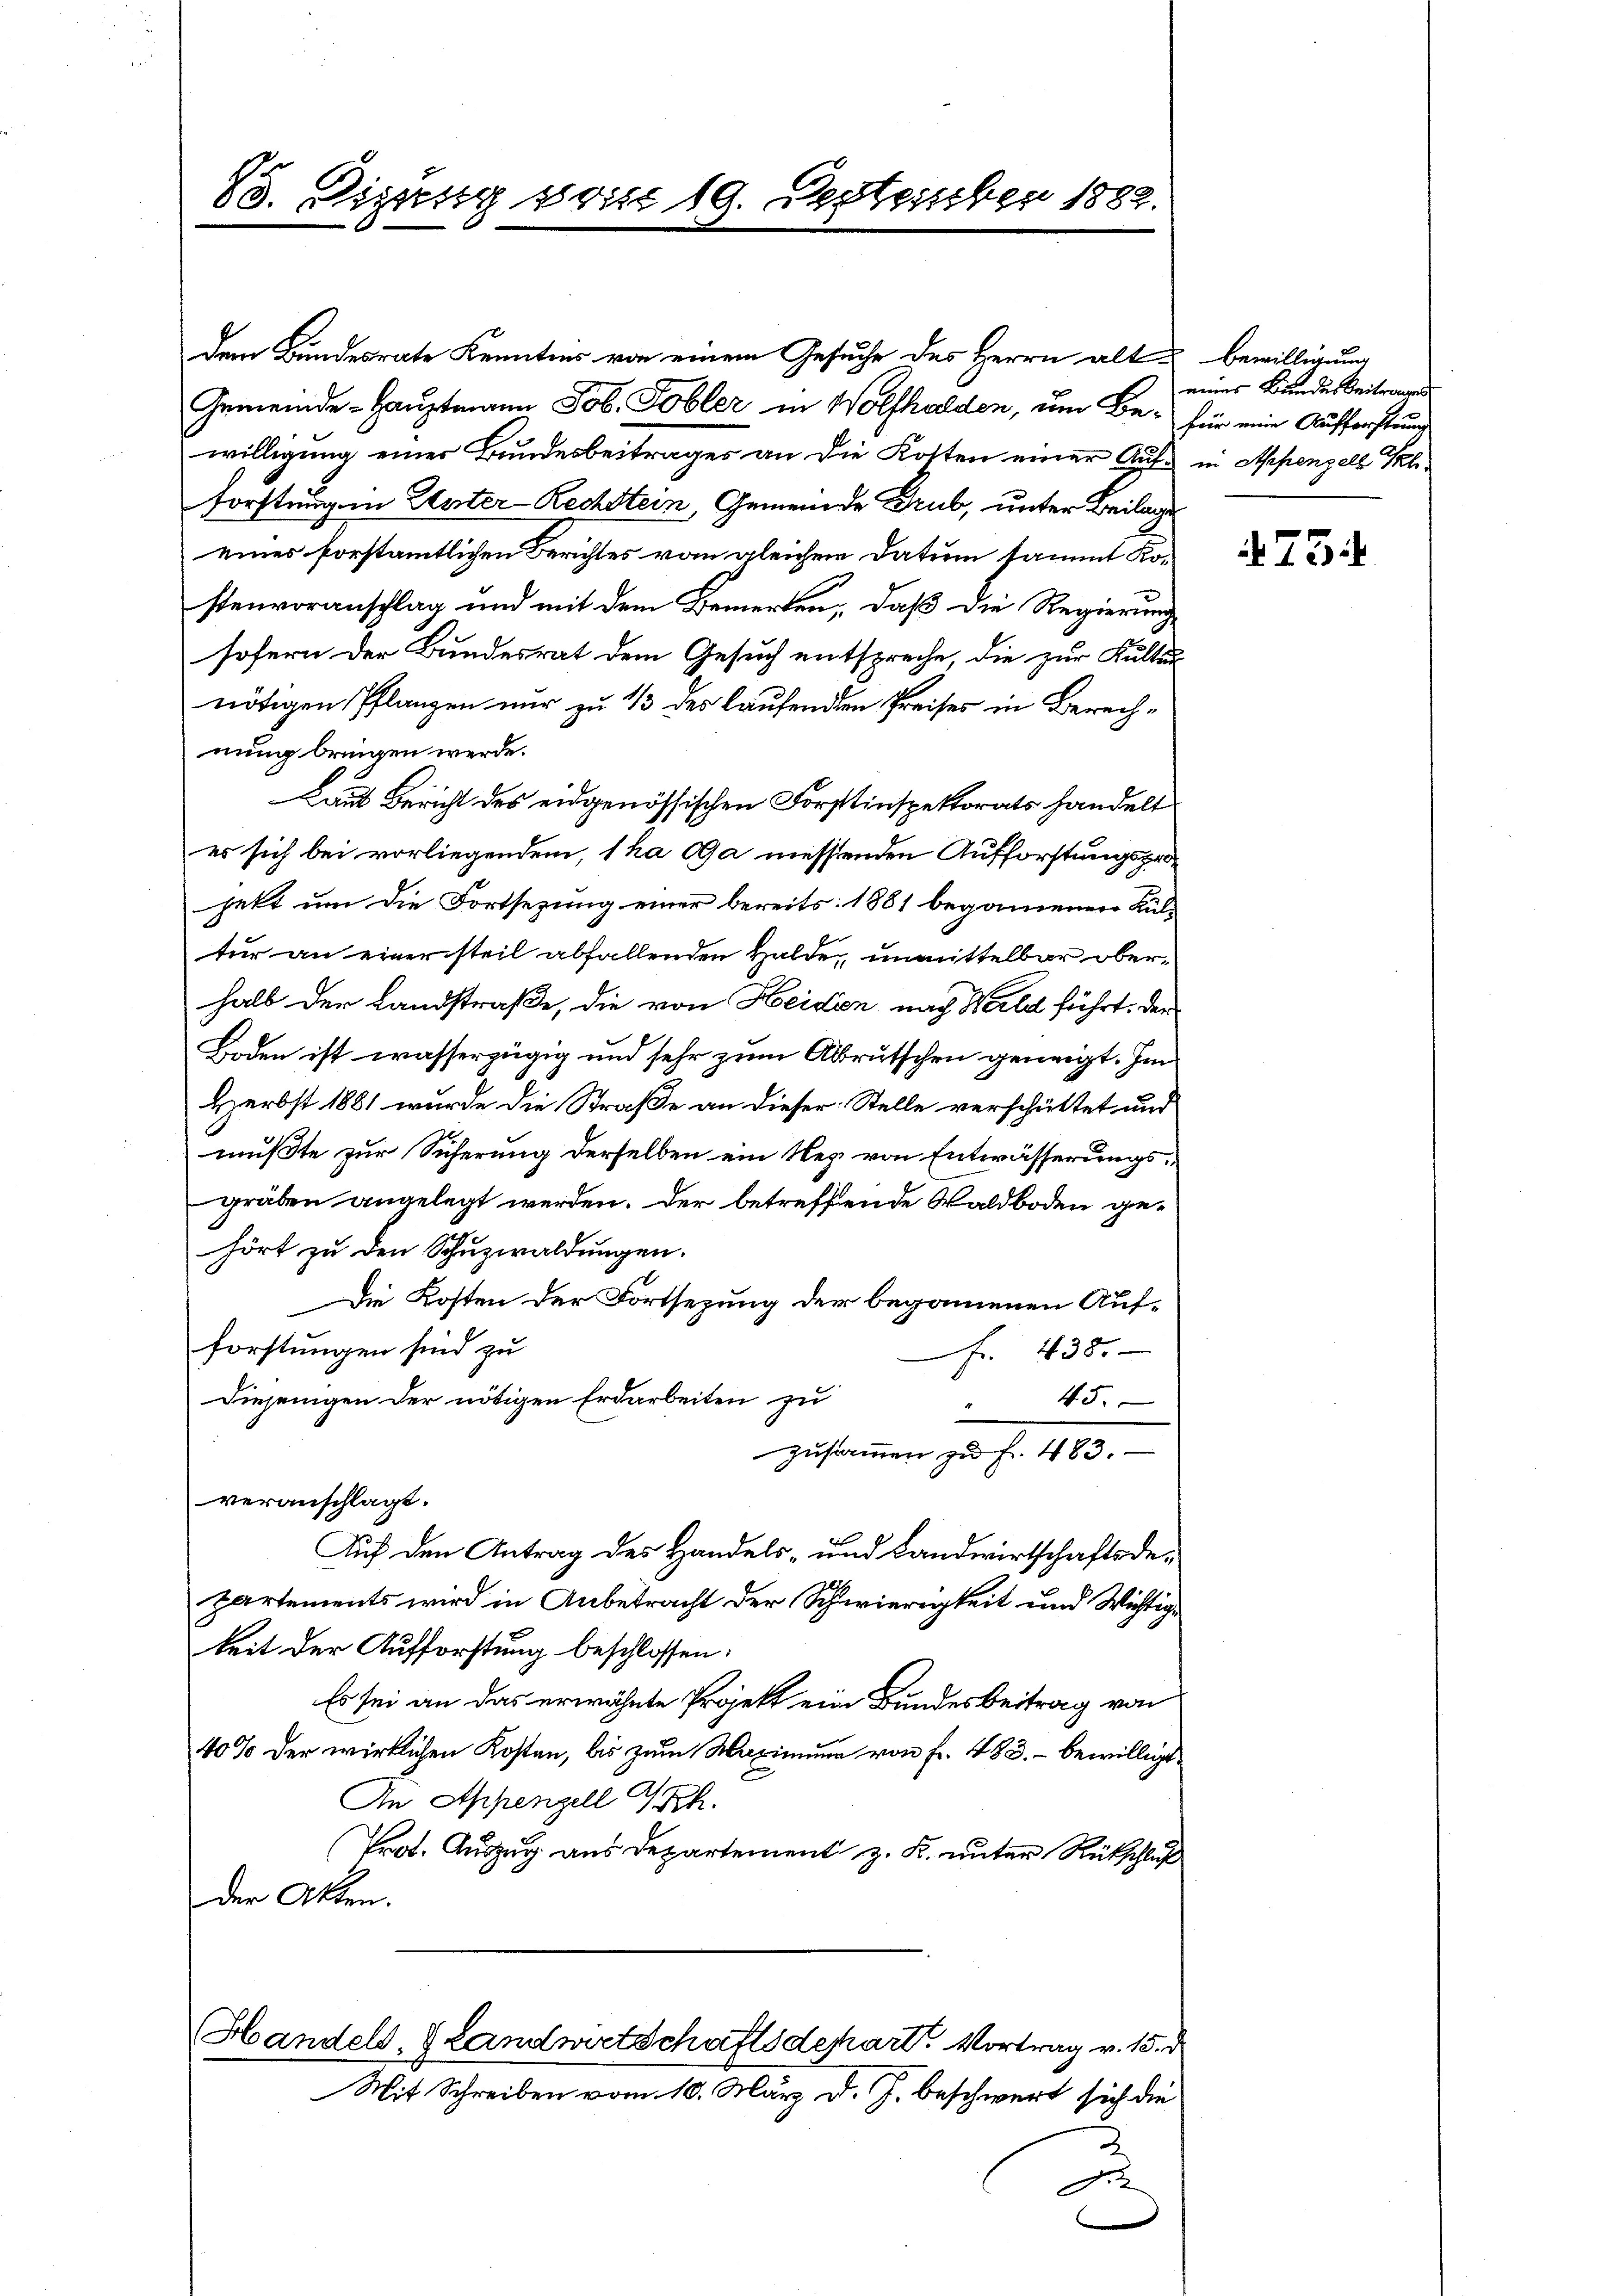
83. Sizung vom 19. September 1882.

dem Bundesrate Kenntnis von einem Gesuche des Herrn alt Bewilligung
Gemeinde-Hauptmann Job. Tobler in Wolfhalden, um Be- für eine Aufforstung
willigung einer Bundesbeitrages an die Kosten einer Auf- in Appenzell Pl
Forstung in Unter-Rechstein, Gemeinde Grub, unter Beilage
eines forstamtlichen Berichtes vom gleichen Datum sammt Kostenvoranschlag und mit dem Bemerken, daß die Regierung
sofern der Bundesrat dem Gesuch entspreche, die zur Kultennötigen Pflanzen nur zu 1/3 des laufenden Preises in Berechnung bringen werde.
Laut Bericht des eidgenössischen Forstinspektorats handelt
es sich bei vorliegendem, 1 ha la messenden Aufforstungsprojett um die Fortsezung einer bereits 1881 begannenen Kultur an einer steil abfallenden Halde, unmittelbar oberhalb der Landstraße, die von Heiden, nach Wald führt, der
Boden ist wasserzügig und sehr zum Abrutschen geneigt. Im
Herbst 1881 wurde die Straße an dieser Stelle verschüttet und
mußte zur Sicherung derselben ein Nes von Entwässerungsgräben angelegt werden. Der betreffende Waldboden gehört zu den Schuzwaldungen.
Die Kosten der Fortsezung der begannenen Aufforstungen sind zu
Fr. 438.
Diejenigen der nötigen Erdarbeiten zu
45.
u
zusammen zu f. 483.
veranschlagt.
Auf den Antrag des Handels- und Landwirtschaftsdepartements wird in Anbetracht der Schwierigkeit und Wichtigkeit der Aufforstung beschlossen:
Es sei an das erwähnte Projekt ein Bundesbeitrag von
40% der wirklichen Kosten, bis zum Maximung von Fr. 483. - bewilligt.
An Appenzell Th.
Prot. Auszug aus Departement z. K. unter Rückschluß
der Akten.
Handels, Landwirtschaftsdepart. Vortrag v. 15. d
Mit Schreiben vom 10. März d. J. beschwert sich die
e

eines Bundesbeitrages

734